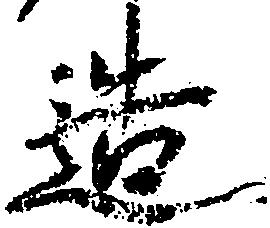
造